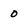
Character: 0